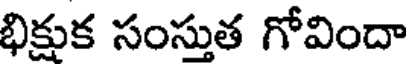
భిక్షుక సంస్తుత గోవిందా